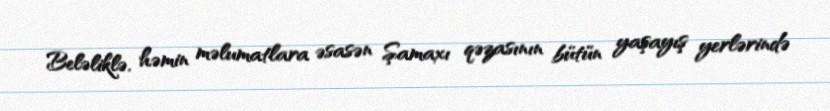
Beləliklə, həmin məlumatlara əsasən Şamaxı qəzasının bütün yaşayış yerlərində